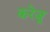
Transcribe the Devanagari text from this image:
करेजू